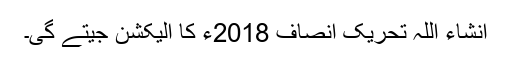
انشاء اللہ تحریک انصاف 2018ء کا الیکشن جیتے گی۔